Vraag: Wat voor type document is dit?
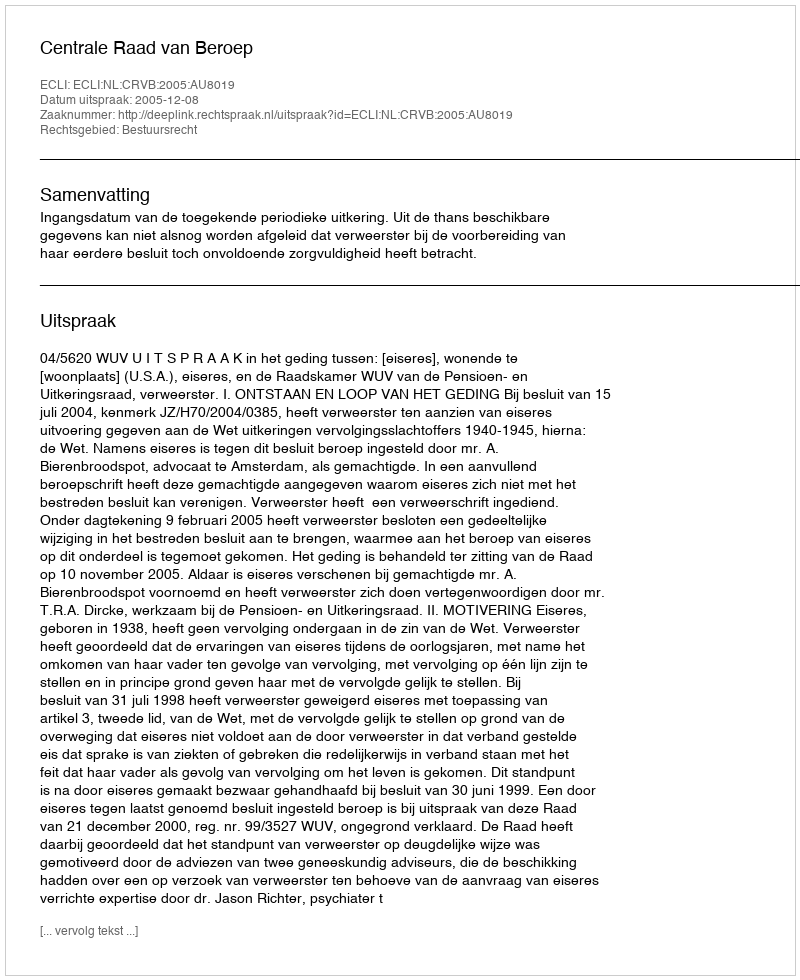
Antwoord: Uitspraak